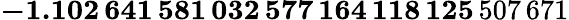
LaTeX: \mathbf{-1.102\, 641\, 581\, 032\, 577\, 164\, 118\, 125}\, 507\, 671